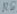
Text: R5